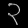
Digit: ၃